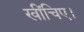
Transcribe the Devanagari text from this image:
खींचिए।